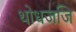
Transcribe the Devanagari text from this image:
थोधजजि